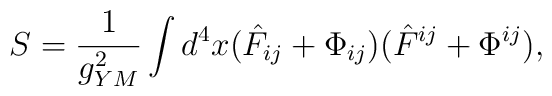
S = \frac{1}{g_{YM}^2} \int d^4x (\hat{F}_{ij}+\Phi_{ij})(\hat{F}^{ij}+\Phi^{ij}),